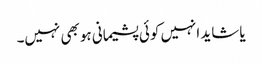
یا شاید انہیں کوئی پشیمانی ہو بھی نہیں۔